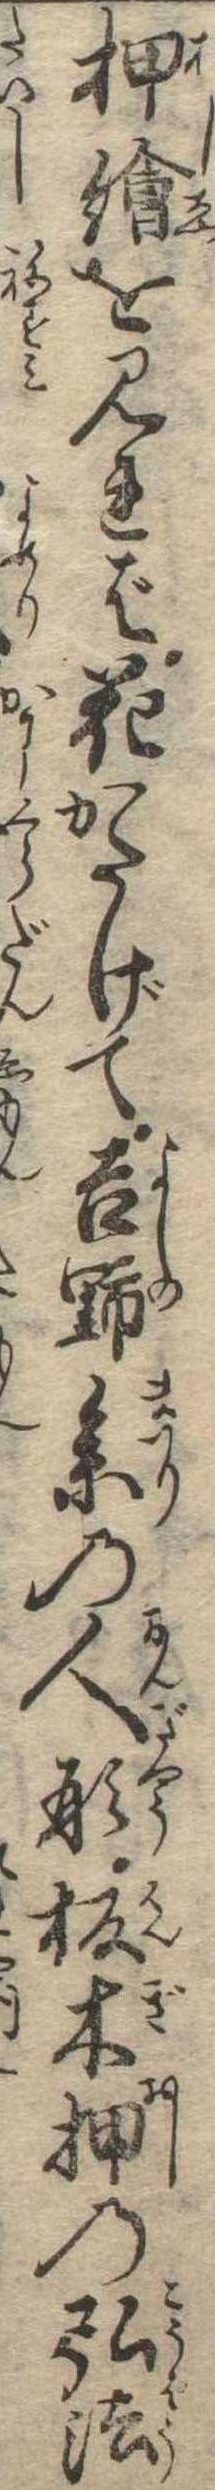
押絵を見れば花かたげて吉野参の人形板木押の弘法